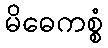
မိဓေကစ္စံ